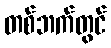
တစ်ဘက်တွင်